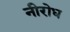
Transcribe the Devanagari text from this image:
नीरोध